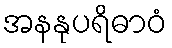
အနနုပရိဓာဝံ